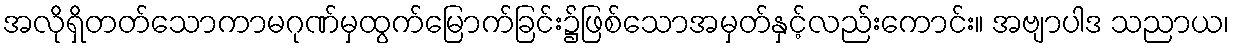
အလိုရှိတတ်သောကာမဂုဏ်မှထွက်မြောက်ခြင်း၌ဖြစ်သောအမှတ်နှင့်လည်းကောင်း။ အဗျာပါဒ သညာယ၊